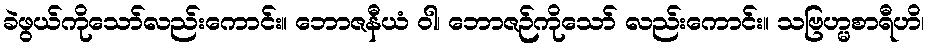
ခဲဖွယ်ကိုသော်လည်းကောင်း။ ဘောဇနီယံ ဝါ၊ ဘောဇဉ်ကိုသော် လည်းကောင်း။ သဗြဟ္မစာရီဟိ၊